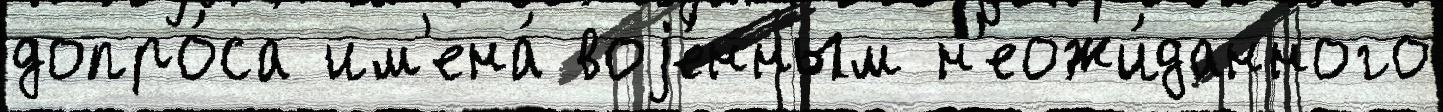
допро́са им'ена́ воjе́нным н'еожи́данного